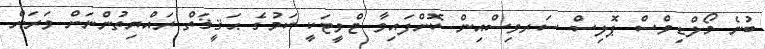
ބުނެ މޯލްޑިވްސް ޕޮލިސް ސަރވިސްއިން ކޮށްފައިވާ ޓްވީޓަކީ ކަމުގެ ޙަޤީޤަތް ރައްޔިތުންނަށް ވަރަށް